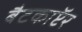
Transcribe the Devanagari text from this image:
बैटकाॅप्टर